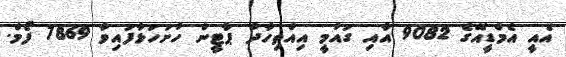
އެއީ އެމްޑީއޭގެ 9082 އާއި ގައުމީ އިއްތިހާދު ޕާޓީން ހުށަހަޅާފައިވާ 7869 ފޯމް.